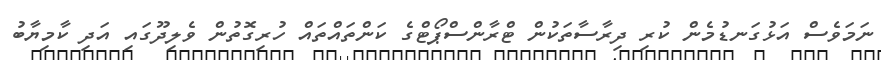
ނަމަވެސް އަޅުގަނޑުމެން ކުރި ދިރާސާތަކުން ޓްރާންސްޕޯޓްގެ ކަންތައްތައް ހުރިގޮތުން ވެލިދޫގައި އަދި ކާމިޔާބު